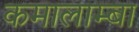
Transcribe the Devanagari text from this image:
कमालाम्बा